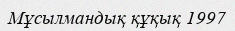
Мұсылмандық құқық 1997